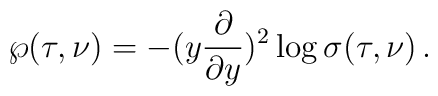
\wp(\tau,\nu)=-(y\frac{\partial}{\partial y})^2 \log \sigma(\tau,\nu)\,.